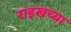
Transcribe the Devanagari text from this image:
राइखच्या